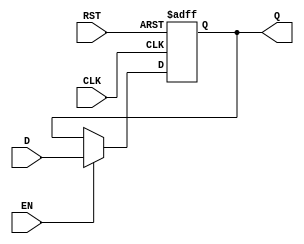
module output_register (
    input wire D,        // Data input
    input wire CLK,      // Clock input
    input wire EN,       // Enable input
    input wire RST,      // Reset input
    output reg Q         // Data output
);

// Asynchronous reset functionality
always @(posedge CLK or posedge RST) begin
    if (RST) begin
        Q <= 1'b0;      // Set output to 0 on reset
    end else if (EN) begin
        Q <= D;         // Capture data input on clock edge if enabled
    end
    // If EN is low, Q retains its previous value
end

endmodule